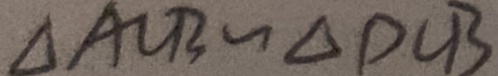
\Delta A C B \sim \Delta D C B